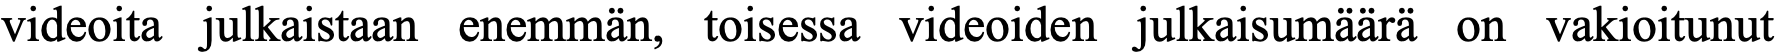
videoita julkaistaan enemmän, toisessa videoiden julkaisumäärä on vakioitunut